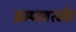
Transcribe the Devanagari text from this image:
इम्पावरमेंट